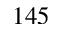
1 4 5